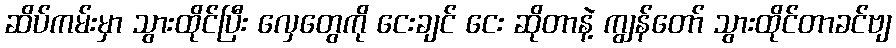
ဆိပ်ကမ်းမှာ သွားထိုင်ပြီး လှေတွေကို ငေးချင် ငေး ဆိုတာနဲ့ ကျွန်တော် သွားထိုင်တာခင်ဗျ